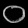
Digit: ၀